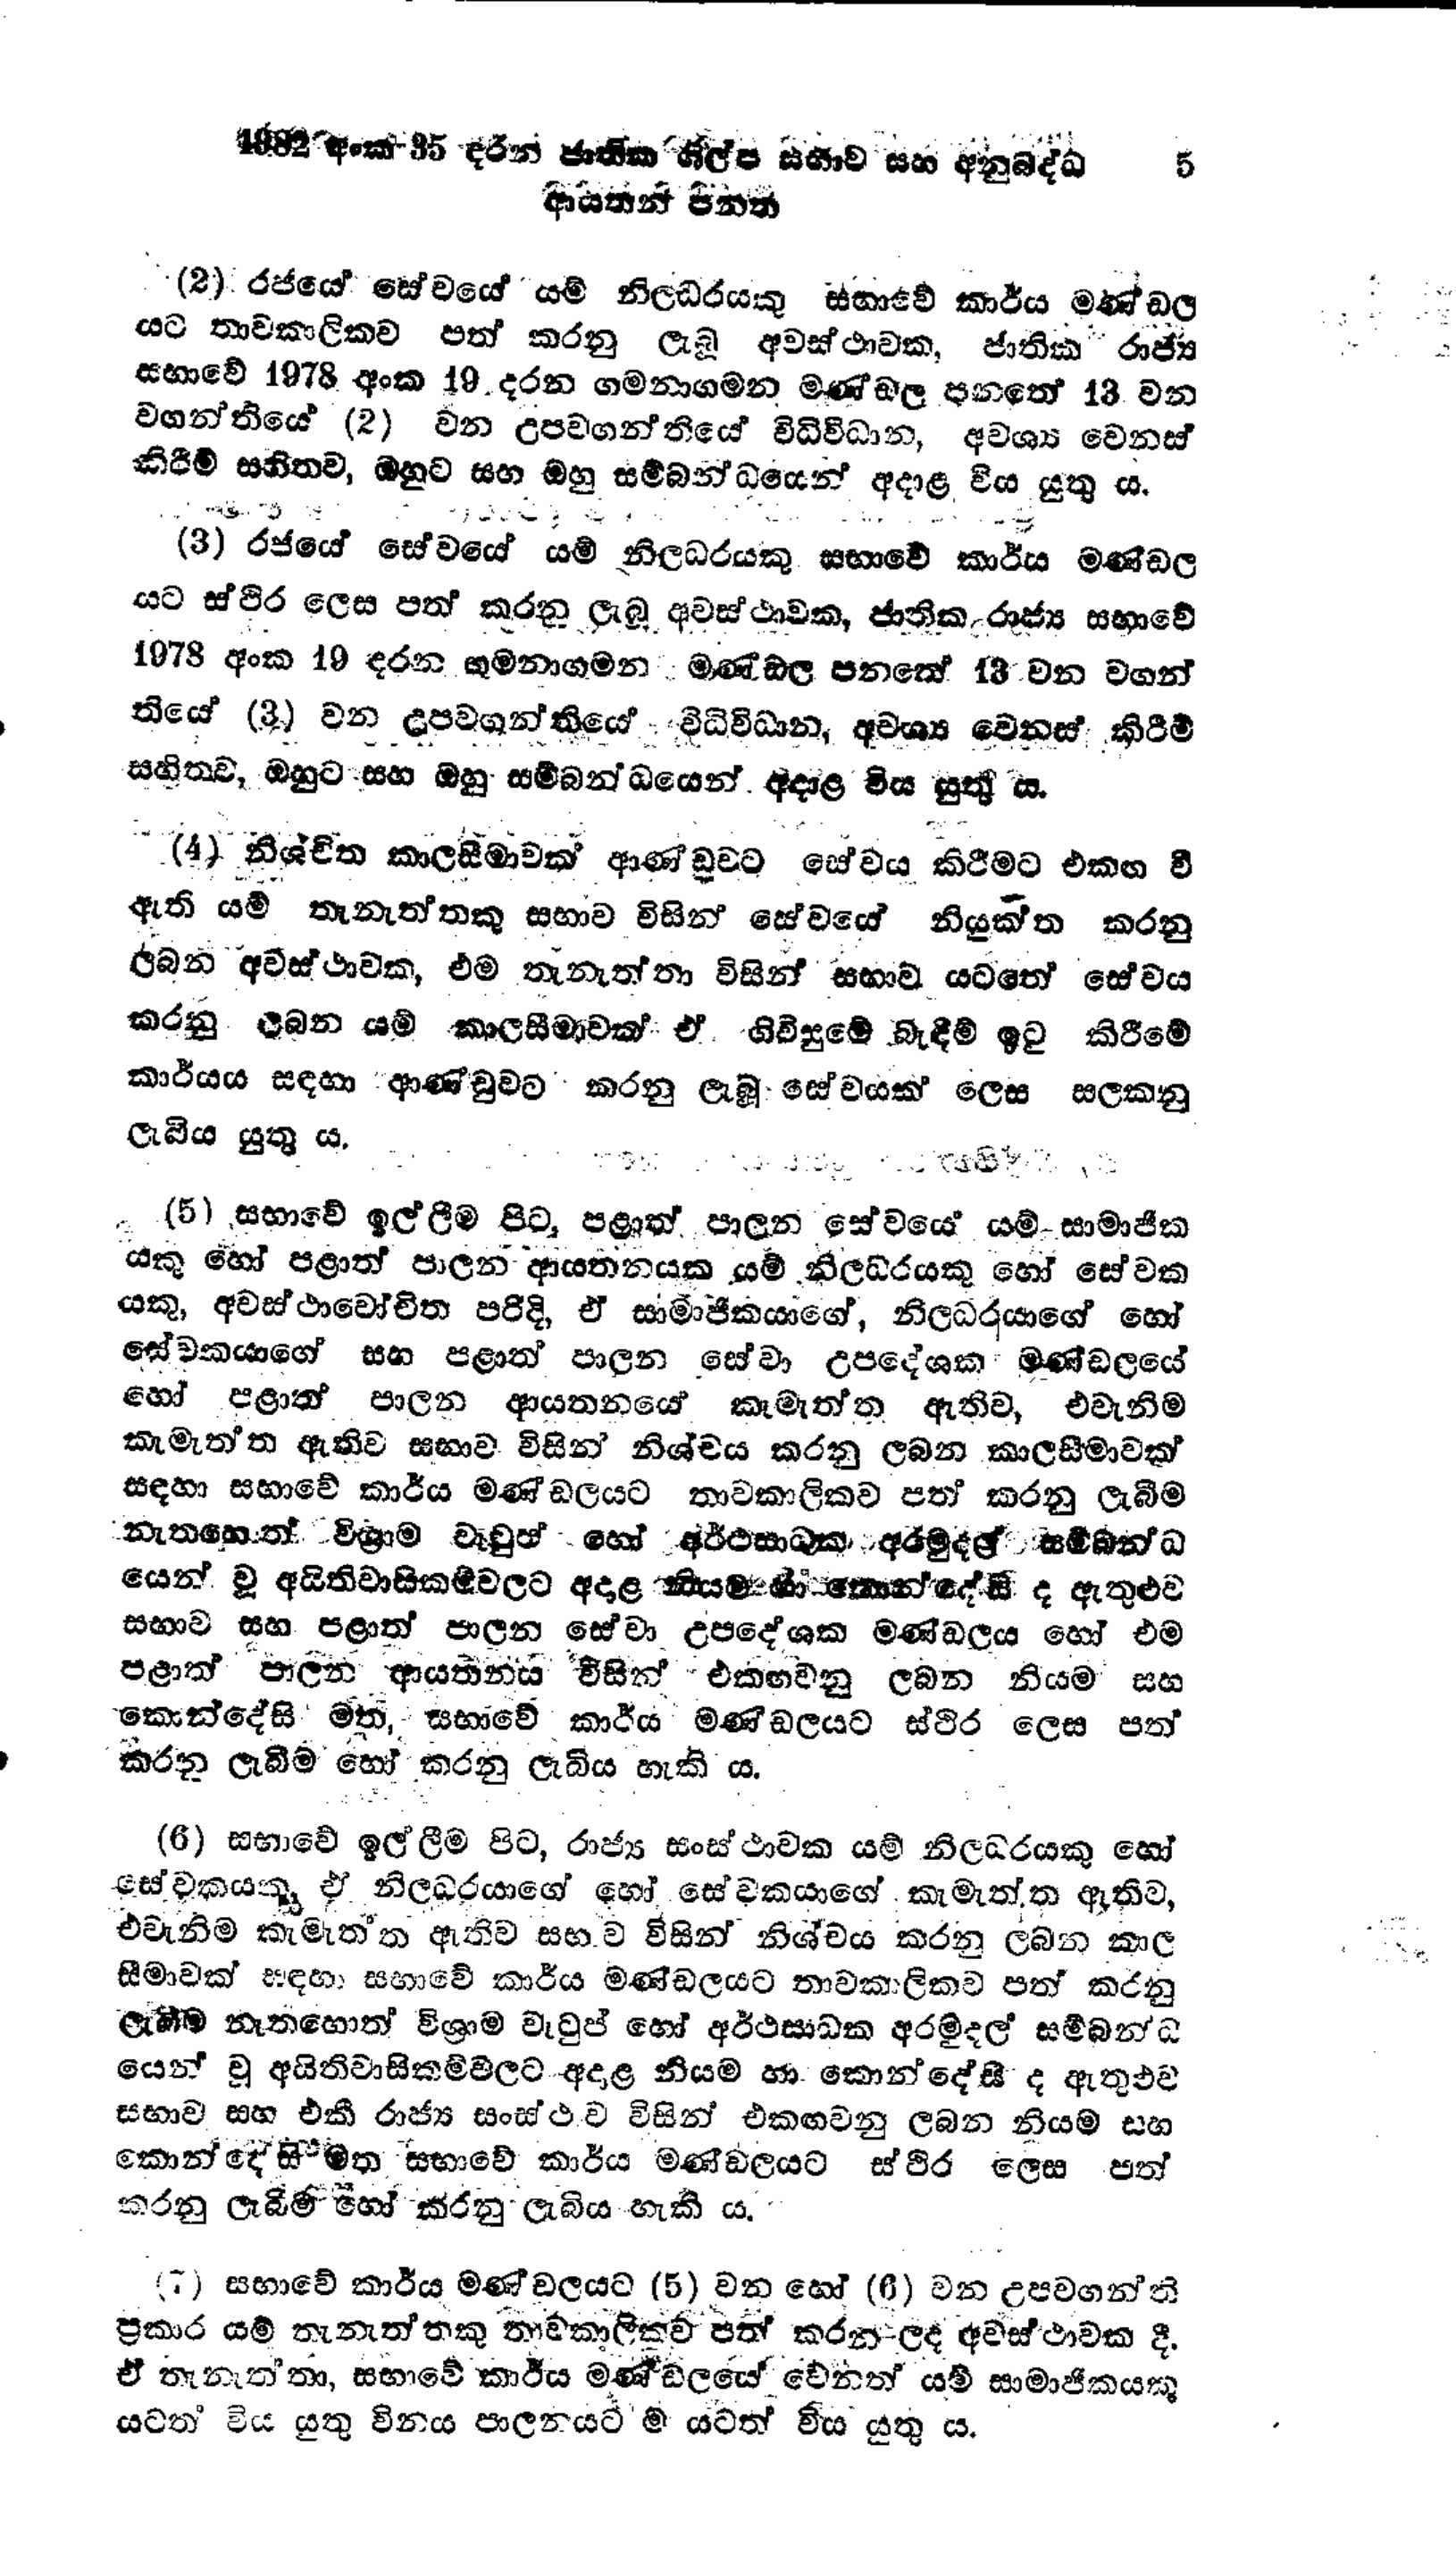
1982 අංක 35 දරන ජාතික ශිල්ප සභාව සහ අනුබද්ධ  5
ආයතන පනත

(2) රජයේ සේවයේ යම් නිලධරයකු සභාවේ කාර්ය මණ්ඩල
යට තාවකාලිකව පත් කරනු ලැබූ අවස්ථාවක, ජාතික රාජ්‍ය
සභාවේ 1978 අංක 19 දරන ගමනාගමන මණ්ඩල පනතේ 13 වන
වගන්තියේ (2) වන උපවගන්තියේ විධිවිධාන, අවශ්‍ය වෙනස්
කිරීම් සහිතව, ඔහුට සහ ඔහු සම්බන්ධයෙන් අදාළ විය යුතු ය.

(3) රජයේ සේවයේ යම් නිලධරයකු සභාවේ කාර්ය මණ්ඩල
යට ස්ථිර ලෙස පත් කරනු ලැබූ අවස්ථාවක, ජාතික රාජ්‍ය සභාවේ
1978 අංක 19 දරන ගමනාගමන මණ්ඩල පනතේ 13 වන වගන්
තියේ (3) වන උපවගන්තියේ විධිවිධාන, අවශ්‍ය වෙනස් කිරීම්
සහිතව, ඔහුට සහ ඔහු සම්බන්ධයෙන් අදාළ විය යුතු ය.

(4) නිශ්චිත කාලසීමාවක් ආණ්ඩුවට සේවය කිරීමට එකඟ වී
ඇති යම් තැනැත්තකු සභාව විසින් සේවයේ නියුක්ත කරනු
ලබන අවස්ථාවක, එම තැනැත්තා විසින් සභාව යටතේ සේවය
කරනු ලබන යම් කාලසීමාවක් ඒ ගිවිසුමේ බැඳීම් ඉටු කිරීමේ
කාර්යය සඳහා ආණ්ඩුවට කරනු ලැබූ සේවයක් ලෙස සලකනු
ලැබිය යුතු ය.

(5) සභාවේ ඉල්ලීම පිට, පළාත් පාලන සේවයේ යම් සාමාජික
යකු හෝ පළාත් පාලන ආයතනයක යම් නිලධරයකු හෝ සේවක
යකු, අවස්ථාවෝචිත පරිදි, ඒ සාමාජිකයාගේ, නිලධරයාගේ හෝ
සේවකයාගේ සහ පළාත් පාලන සේවා උපදේශක මණ්ඩලයේ
හෝ පළාත් පාලන ආයතනයේ කැමැත්ත ඇතිව, එවැනිම
කැමැත්ත ඇතිව සභාව විසින් නිශ්චය කරනු ලබන කාලසීමාවක්
සඳහා සභාවේ කාර්ය මණ්ඩලයට තාවකාලිකව පත් කරනු ලැබීම
නැතහොත් විශ්‍රාම වැටුප් හෝ අර්ථසාධක අරමුදල් සම්බන්ධ
යෙන් වූ අයිතිවාසිකම්වලට අදාළ නියම් හා කොන්දේසි ද ඇතුළුව
සභාව සහ පළාත් පාලන සේවා උපදේශක මණ්ඩලය හෝ එම
පළාත් පාලන ආයතනය විසින් එකඟවනු ලබන නියම සහ
කොන්දේසි මත සභාවේ කාර්ය මණ්ඩලයට ස්ථිර ලෙස පත්
කරනු ලැබීම හෝ කරනු ලැබිය හැකි ය.

(6) සභාවේ ඉල්ලීම පිට, රාජ්‍ය සංස්ථාවක යම් නිලධරයකු හෝ
සේවකයකූ, ඒ නිලධරයාගේ හෝ සේවකයාගේ කැමැත්ත ඇතිව,
එවැනිම කැමැත්ත ඇතිව සභාව විසින් නිශ්චය කරනු ලබන කාල
සීමාවක් සඳහා සභාවේ කාර්ය මණ්ඩලයට තාවකාලිකව පත් කරනු
ලැබීම නැතහොත් විශ්‍රාම වැටුප් හෝ අර්ථසාධක අරමුදල් සම්බන්ධ
යෙන් වු අයිතිවාසිකම්වලට අදාළ නියම හා කොන්දේසී ද ඇතුළුව
සභාව සහ එකී රාජ්‍ය සංස්ථාව විසින් එකඟවනු ලබන නියම සහ
කොන්දේසි මත සභාවේ කාර්ය මණ්ඩලයට ස්ථිර ලෙස පත්
කරනු ලැබිම් හෝ කරනු ලැබිය හැකි ය.

(7) සභාවේ කාර්ය මණ්ඩලයට (5) වන හෝ (6) වන උපවගන්ති
ප්‍රකාර යම් තැනැත්තකු තාවකාලිකව පත් කරන ලද අවස්ථාවක දී.
ඒ තැනැත්තා, සභාවේ කාර්ය මණ්ඩලයේ වෙනත් යම් සාමාජිකයකු
යටත් විය යුතු විනය පාලනයට ම යටත් විය යුතු ය.